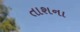
તાશના